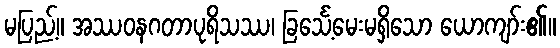
မပြည့်။ အဿဝနဂတာပုရိသဿ၊ ခြင်္သေ့မေးမရှိသော ယောကျာ်း၏။